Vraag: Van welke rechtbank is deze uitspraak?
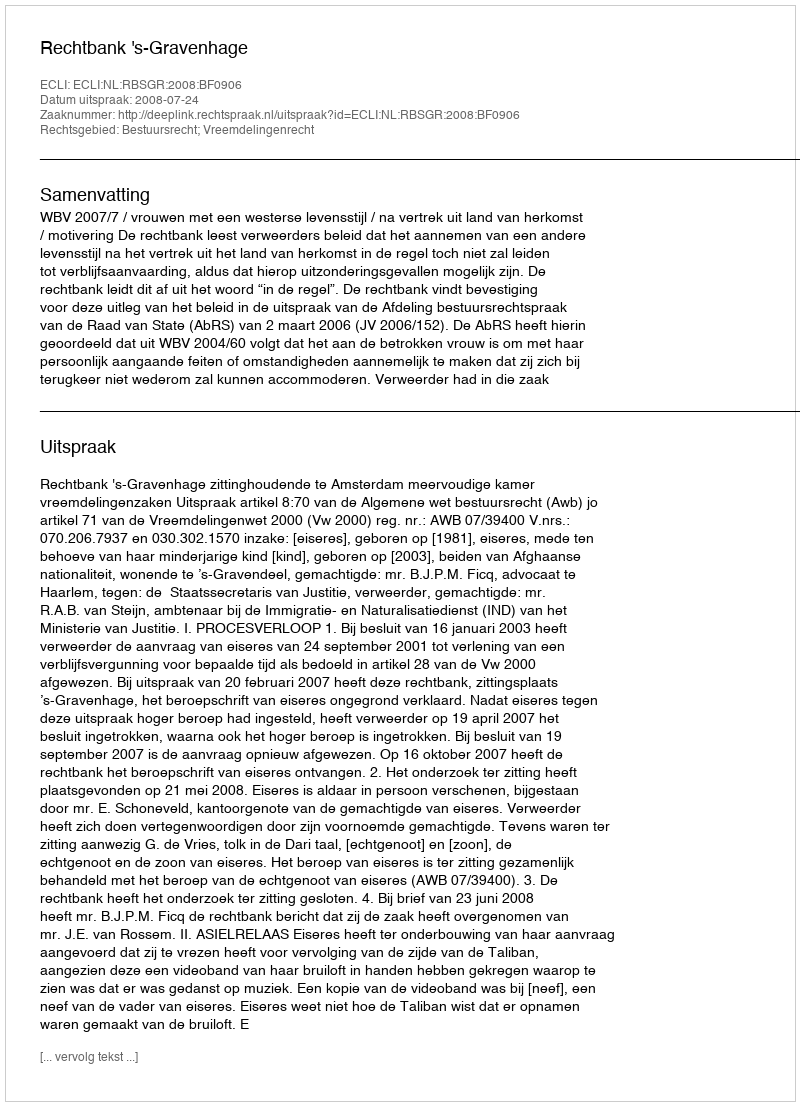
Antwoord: Rechtbank 's-Gravenhage